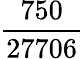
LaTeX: \frac{750}{27706}